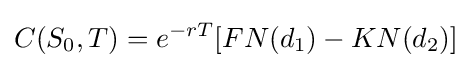
C(S_{0},T)=e^{-rT}[FN(d_{1})-KN(d_{2})]